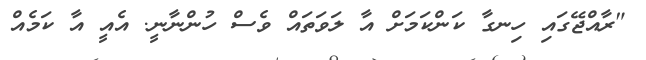
"ރާއްޖޭގައި ހިނގާ ކަންކަމަށް އާ ލަވަތައް ވެސް ހުންނާނީ. އެއީ އާ ކަމެއް